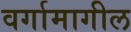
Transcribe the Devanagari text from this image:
वर्गामागील